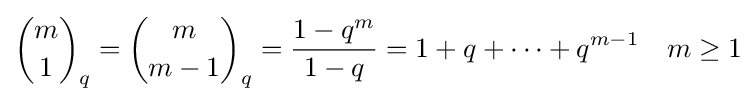
{m \choose 1}_{q}={m \choose m-1}_{q}={\frac {1-q^{m}}{1-q}}=1+q+\cdots +q^{m-1}\quad m\geq 1